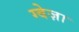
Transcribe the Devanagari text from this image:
ग्वेज़ा